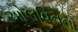
ઓલવિનનો